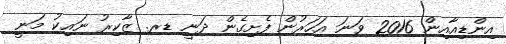
އިންޑިއާއިން 2016 ވަނަ އަހަރުން ފެށިގެން ދަނީ ޑރ. ޒާކިރު ނައިކު މަނީ